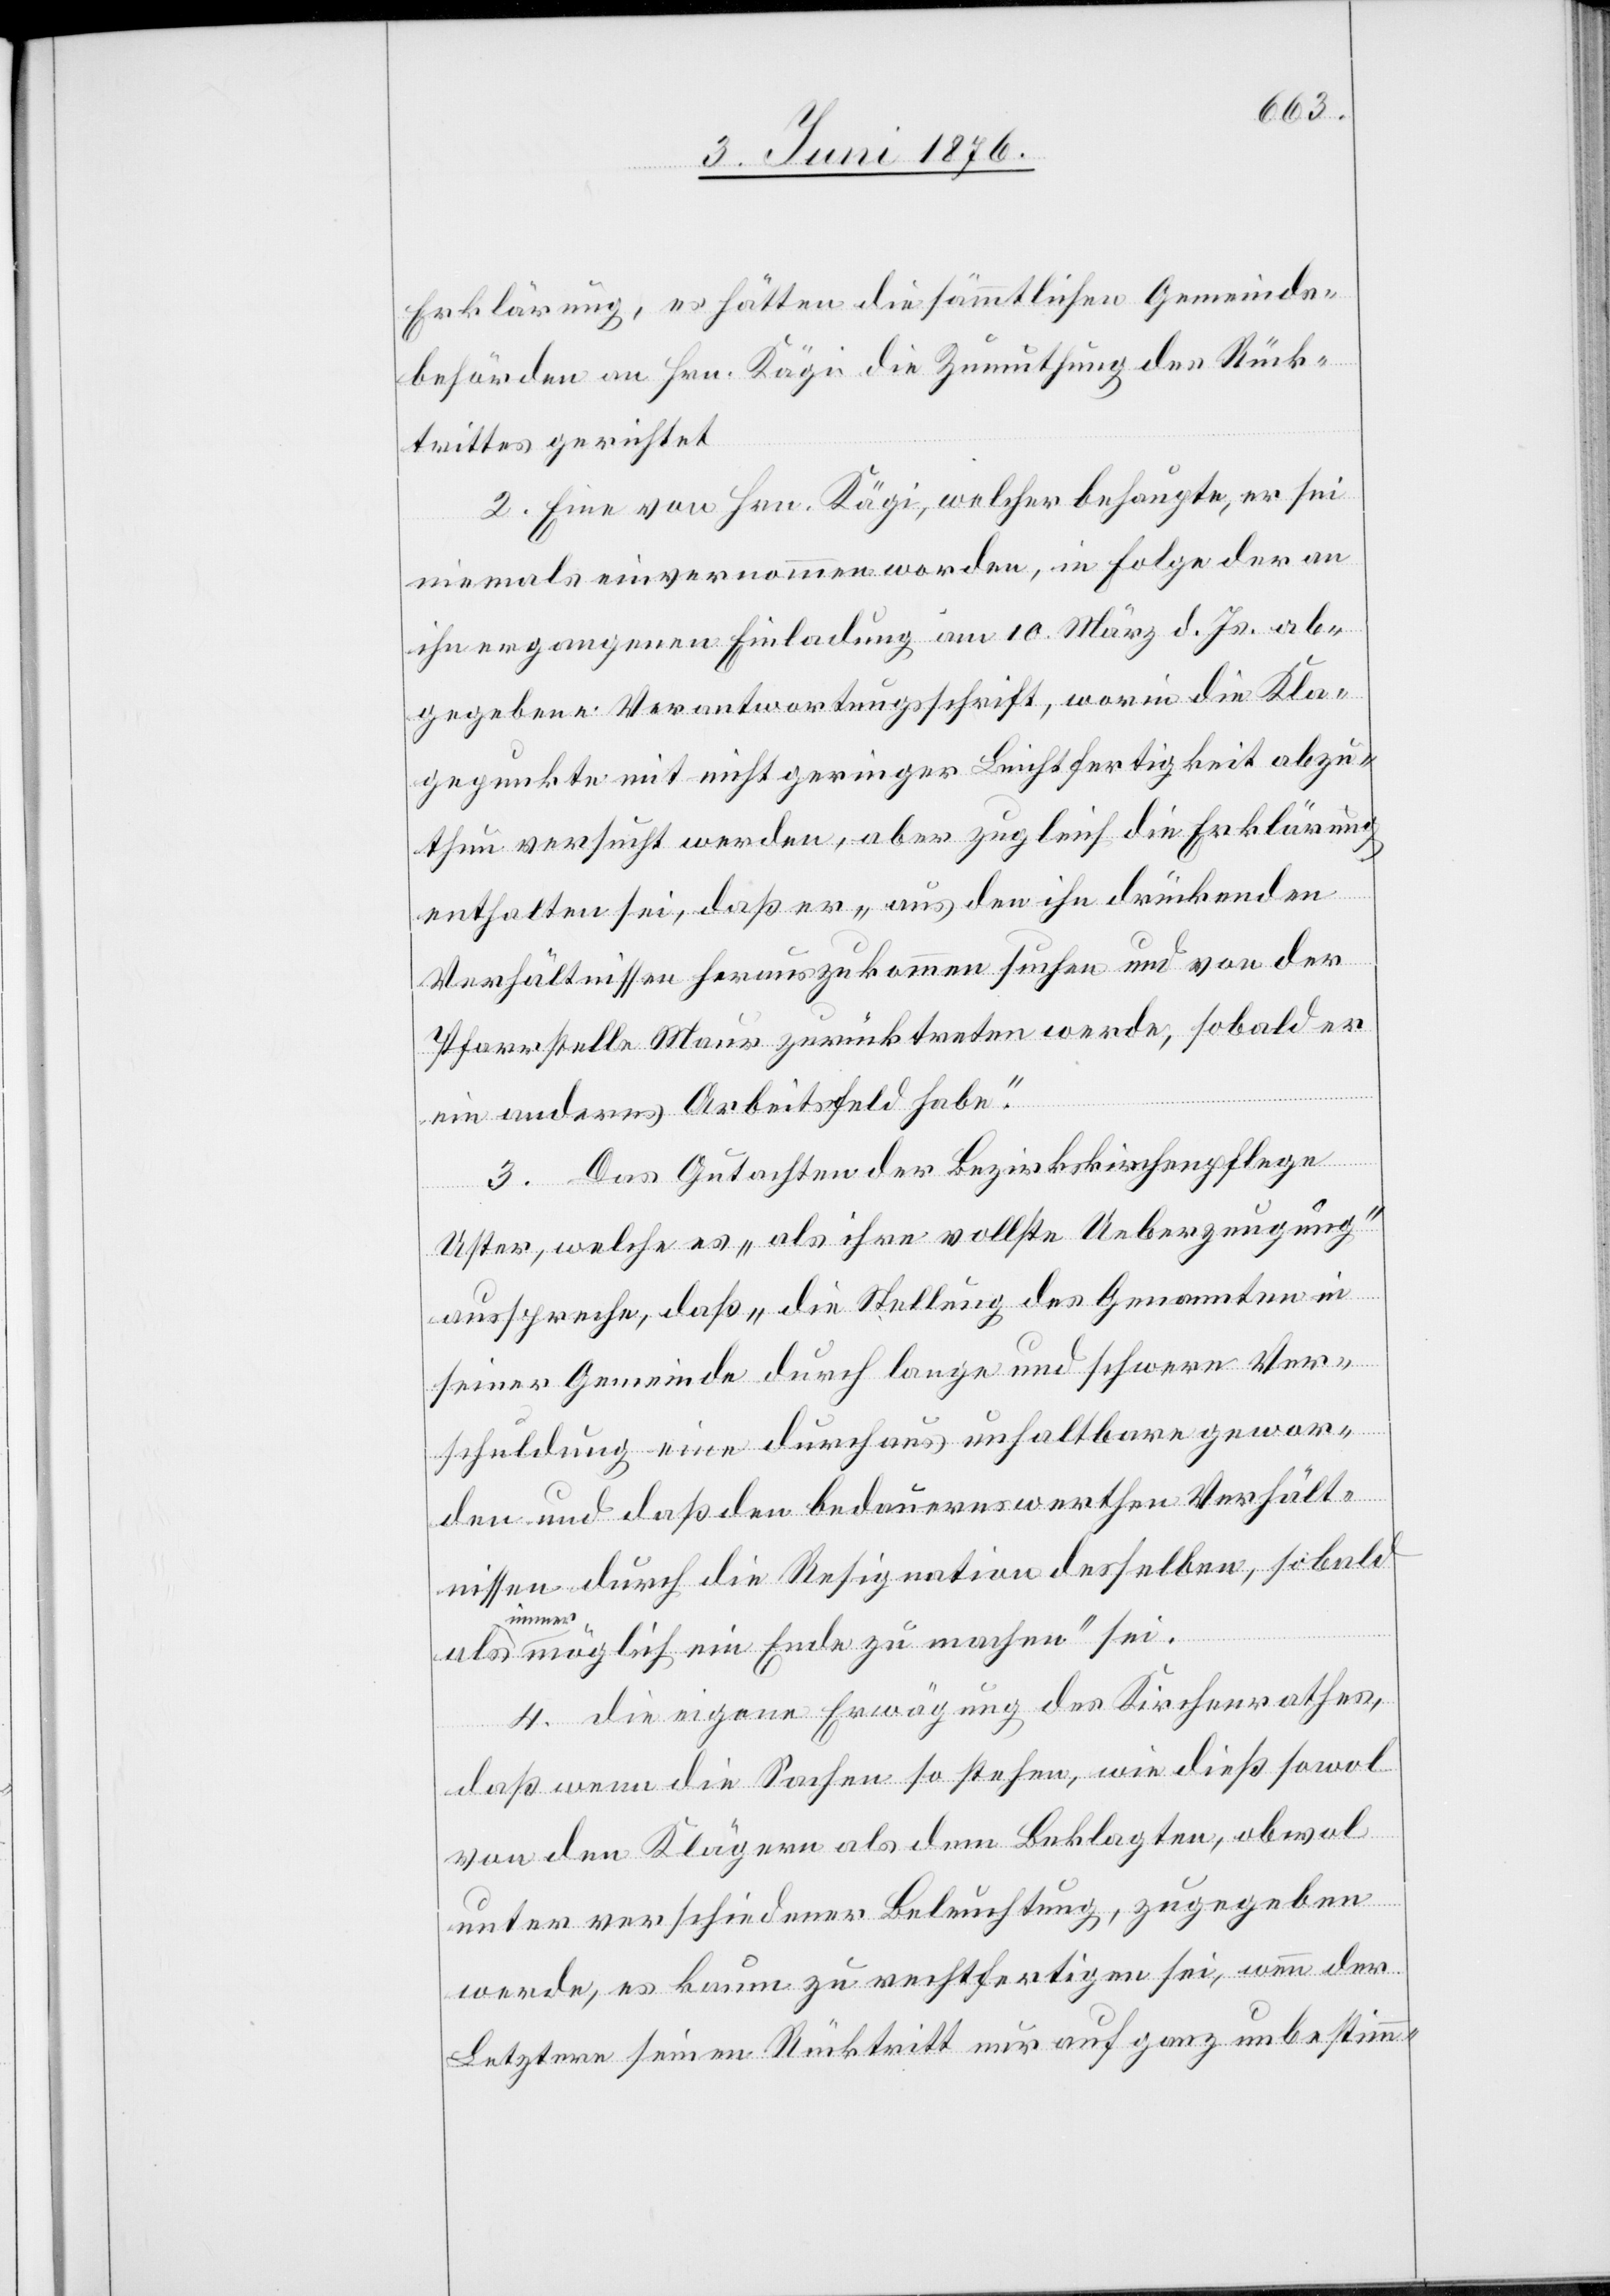
Erklärung, es hätten die sämmtlichen Gemeinde¬
behörden an Hrn. Kägi die Zumuthung des Rück¬
trittes gerichtet.
2. Eine von Hrn. Kägi, welcher behaupte, er sei
niemals einvernommen worden, in Folge der an
ihn ergangenen Einladung am 10. März d. Js. Ab¬
gegebene Verantwortungsschrift, worin die Kla¬
gepunkte mit nicht geringer Leichtfertigkeit abzu¬
thun versucht werden, aber zugleich die Erklärung
enthalten sei, daß er „aus den ihn drückenden
Verhältnissen herauszukommen suchen und von der
Pfarrstelle Maur zurücktreten werde, sobald er
ein anderes Arbeitsfeld habe.“
3. Das Gutachten der Bezirksschulpflege
Uster, welche es „als ihre vollste Ueberzeugung“
ausspreche, daß „die Stellung des Genannten in
seiner Gemeinde durch lange und schwere Ver¬
schuldung eine durchaus unhaltbare gewor¬
den und daß den bedauernswerthen Verhält¬
nissen durch die Resignation desselben, sobald
a-immer-a
möglich ein Ende zu machen“ sei.
4. die eigene Erwägung des Kirchenrathes,
daß wenn die Sachen so stehen, wie dieß sowol
von den Klägern als dem Beklagten, obwol
unter verschiedener Beleuchtung, zugegeben
werde, es kaum zu rechtfertigen sei, wenn der
Letztere seinen Rücktritt nur auf ganz unbestimm-